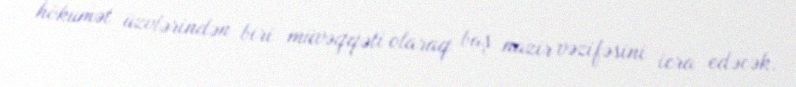
hökumət üzvlərindən biri müvəqqəti olaraq baş nazir vəzifəsini icra edəcək.